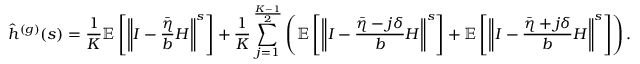
\hat { h } ^ { ( g ) } ( s ) = \frac { 1 } { K } \mathbb { E } \left[ \left\Vert I - \frac { \bar { \eta } } { b } H \right\Vert ^ { s } \right] + \frac { 1 } { K } \sum _ { j = 1 } ^ { \frac { K - 1 } { 2 } } \left( \mathbb { E } \left[ \left\Vert I - \frac { \bar { \eta } - j \delta } { b } H \right\Vert ^ { s } \right] + \mathbb { E } \left[ \left\Vert I - \frac { \bar { \eta } + j \delta } { b } H \right\Vert ^ { s } \right] \right) .